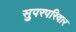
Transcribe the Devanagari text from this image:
सुपरपरिवार